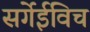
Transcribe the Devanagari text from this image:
सर्गेईविच